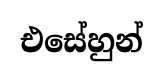
එසේහුන්